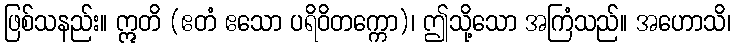
ဖြစ်သနည်း။ ဣတိ (ဧတံ ဧသော ပရိဝိတက္ကော)၊ ဤသို့သော အကြံသည်။ အဟောသိ၊